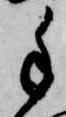
手